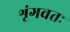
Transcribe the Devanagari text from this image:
शृंगवतः